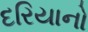
દરિયાનો